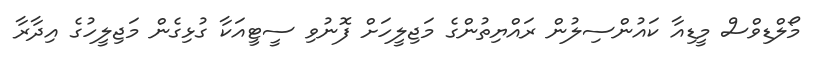
މޯލްޑިވްސް މީޑިއާ ކައުންސިލުން ރައްޔިތުންގެ މަޖިލީހަށް ފޮނުވި ސީޓީއަކާ ގުޅިގެން މަޖިލީހުގެ އިދާރާ